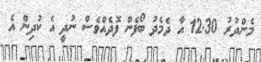
މެންދުރު 12.30 އާ ދެމެދު ބޯފެން ފޮދެއްވެސް ނުދީ އެ ކުދިން އެ